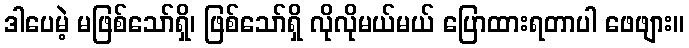
ဒါပေမဲ့ မဖြစ်သော်ရှိ၊ ဖြစ်သော်ရှိ လိုလိုမယ်မယ် ပြောထားရတာပါ ဖေဖျား။